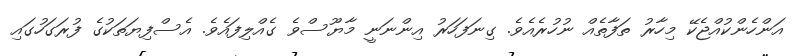
އަންހެންކުއްޖެކޭ މިހާރު ތަފާތެއް ނުހުރެއެވެ. ގިނަފަހަރު އިންނަނީ މާޔޫސްވެ ގެއްލިފައެވެ. އެސްފިޔަތަކުގެ ފުރަގަހުގައި